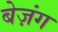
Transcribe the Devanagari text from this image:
बेज़ंग